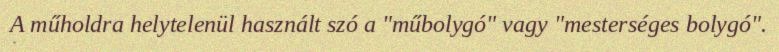
A műholdra helytelenül használt szó a "műbolygó" vagy "mesterséges bolygó".